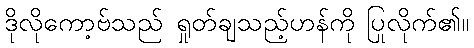
ဒိုလိုကော့ဗ်သည် ရှုတ်ချသည့်ဟန်ကို ပြုလိုက်၏။